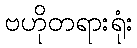
ဗဟိုတရားရုံး